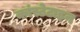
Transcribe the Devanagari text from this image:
कांस्टेटाइन